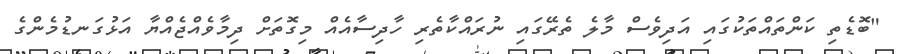
"ބޮޑެތި ކަންތައްތަކުގައި އަދިވެސް މާލެ ތެރޭގައި ނުރައްކާތެރި ހާދިސާއެއް މިގޮތަށް ދިމާވެއްޖެއްޔާ އަޅުގަނޑުމެންގެ